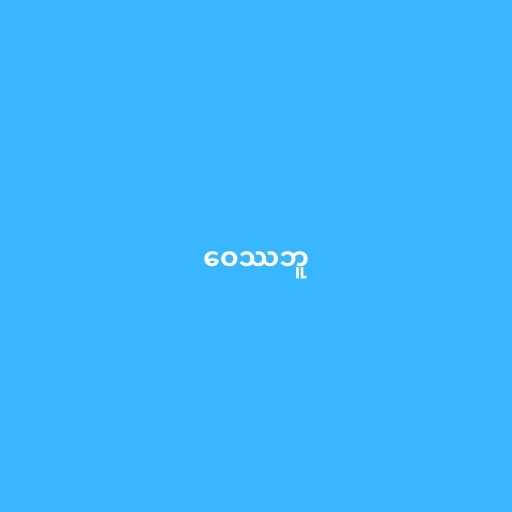
ဝေဿဘူ